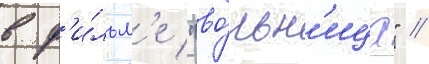
в ф'и́льм'е "во́льн'ица" //